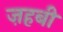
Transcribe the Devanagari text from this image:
ज़हबी